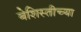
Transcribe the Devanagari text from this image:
बेशिस्तीच्या